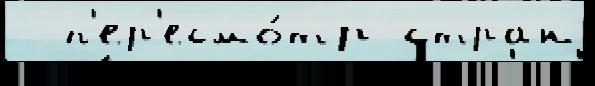
  п'ер'есмо́тр стран